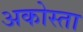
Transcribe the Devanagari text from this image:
अकोस्ता